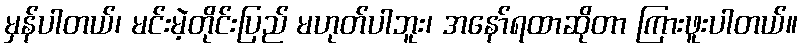
မှန်ပါတယ်၊ မင်းမဲ့တိုင်းပြည် မဟုတ်ပါဘူး၊ အနော်ရထာဆိုတာ ကြားဖူးပါတယ်။